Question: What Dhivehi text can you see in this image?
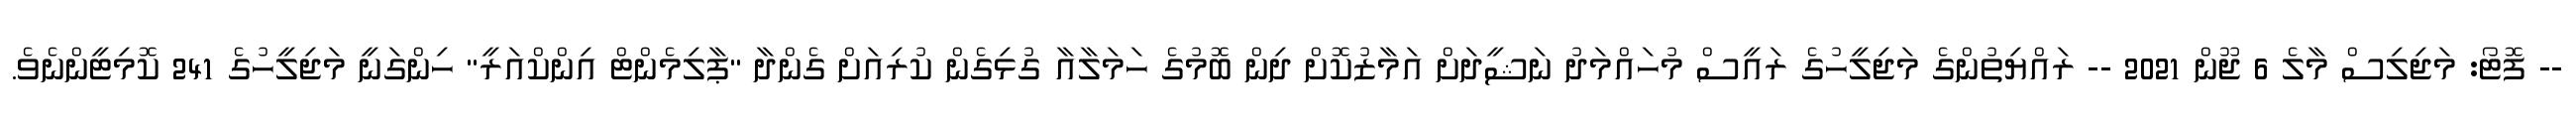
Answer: -- ފޮޓޯ: މަޖިލިސް މާލެ 6 ޖޫން 2021 -- ރައްޔިތުންގެ މަޖިލީހުގެ ރައީސް މުހައްމަދު ނަޝީދަށް އަމާޒުކޮށް ދިން ބޮމުގެ ހަމަލާއާ ގުޅިގެން ކުރިއަށް ގެންދާ "ޕާލިމެންޓް އިންކްއަރީ" ހިންގަނީ މަޖިލީހުގެ 241 ކޮމިޓީންނެވެ.